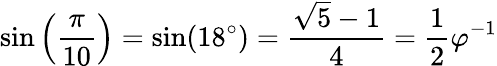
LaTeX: \sin\left({\frac{\pi}{10}}\right)=\sin(18^{\circ})={\frac{{\sqrt{5}}-1}{4}}={\frac{1}{2}}\varphi^{-1}